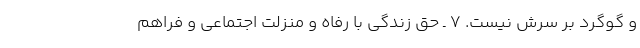
و گوگرد بر سرش نیست. ۷ ـ حق زندگی با رفاه و منزلت اجتماعی و فراهم